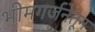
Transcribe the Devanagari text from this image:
भीमगर्जनेतून